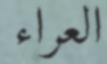
العراء